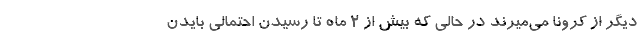
دیگر از کرونا می‌میرند در حالی که بیش از 2 ماه تا رسیدن احتمالی بایدن